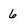
Character: 6